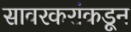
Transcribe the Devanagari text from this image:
सावरकरांकडून